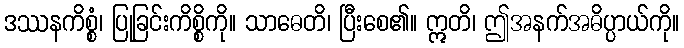
ဒဿနကိစ္စံ၊ ပြုခြင်းကိစ္စိကို။ သာဓေတိ၊ ပြီးစေ၏။ ဣတိ၊ ဤအနက်အဓိပ္ပာယ်ကို။